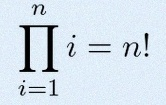
\prod_{i=1}^{n}i=n!